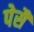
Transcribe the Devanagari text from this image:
पेसै